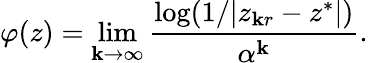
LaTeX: \varphi(z)=\operatorname*{lim}_{\mathbf{k}\to\infty}{\frac{{\log(1/|z_{\mathbf{k}r}-z^{*}|)}}{{\alpha^{\mathbf{k}}}}}.